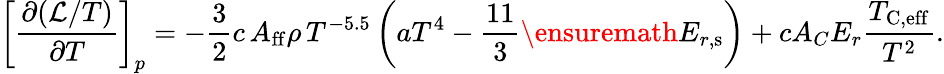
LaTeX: \left[\frac{\partial(\mathcal{L}/T)}{\partial T}\right]_{p}=-\frac{3}{2}c\, A_{\mathrm{ff}}\rho\, T^{-5.5}\left(aT^{4}-\frac{11}{3}\ensuremath{E_{r,\mathrm{s}}}\right)+cA_{C}E_{r}\frac{T_{\mathrm{C,eff}}}{T^{2}}.